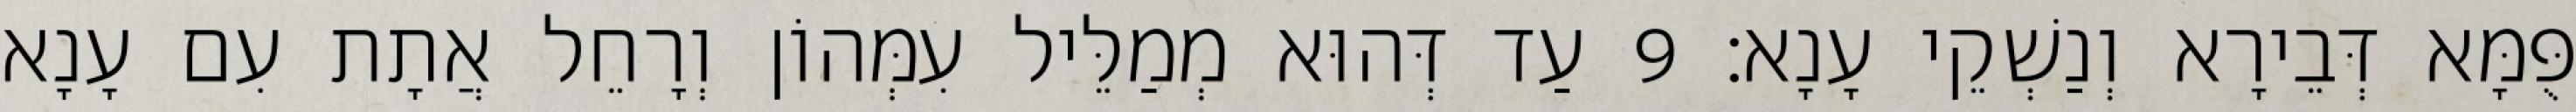
פֻּמָּא דְּבֵירָא וְנַשְׁקֵי עָנָא׃ 9 עַד דְּהוּא מְמַלֵּיל עִמְּהוֹן וְרָחֵל אֲתָת עִם עָנָא